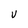
Character: V